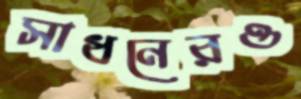
সাধনেরও